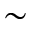
\sim